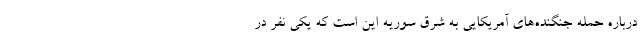
درباره حمله جنگنده‌های آمریکایی به شرق سوریه این است که یکی نفر در